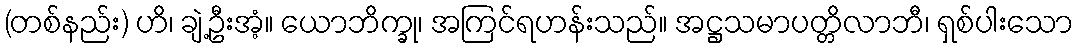
(တစ်နည်း) ဟိ၊ ချဲ့ဦးအံ့။ ယောဘိက္ခု၊ အကြင်ရဟန်းသည်။ အဋ္ဌသမာပတ္တိလာဘီ၊ ရှစ်ပါးသော